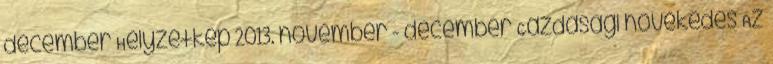
december Helyzetkép 2013. november - december Gazdasági növekedés Az